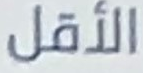
الأقل